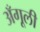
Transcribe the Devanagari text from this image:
अँगूली